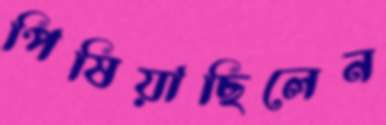
পিষিয়াছিলেন